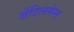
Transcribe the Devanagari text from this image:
जेंटिलमेन्स